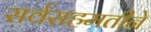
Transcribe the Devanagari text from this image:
सर्वसहमतीने